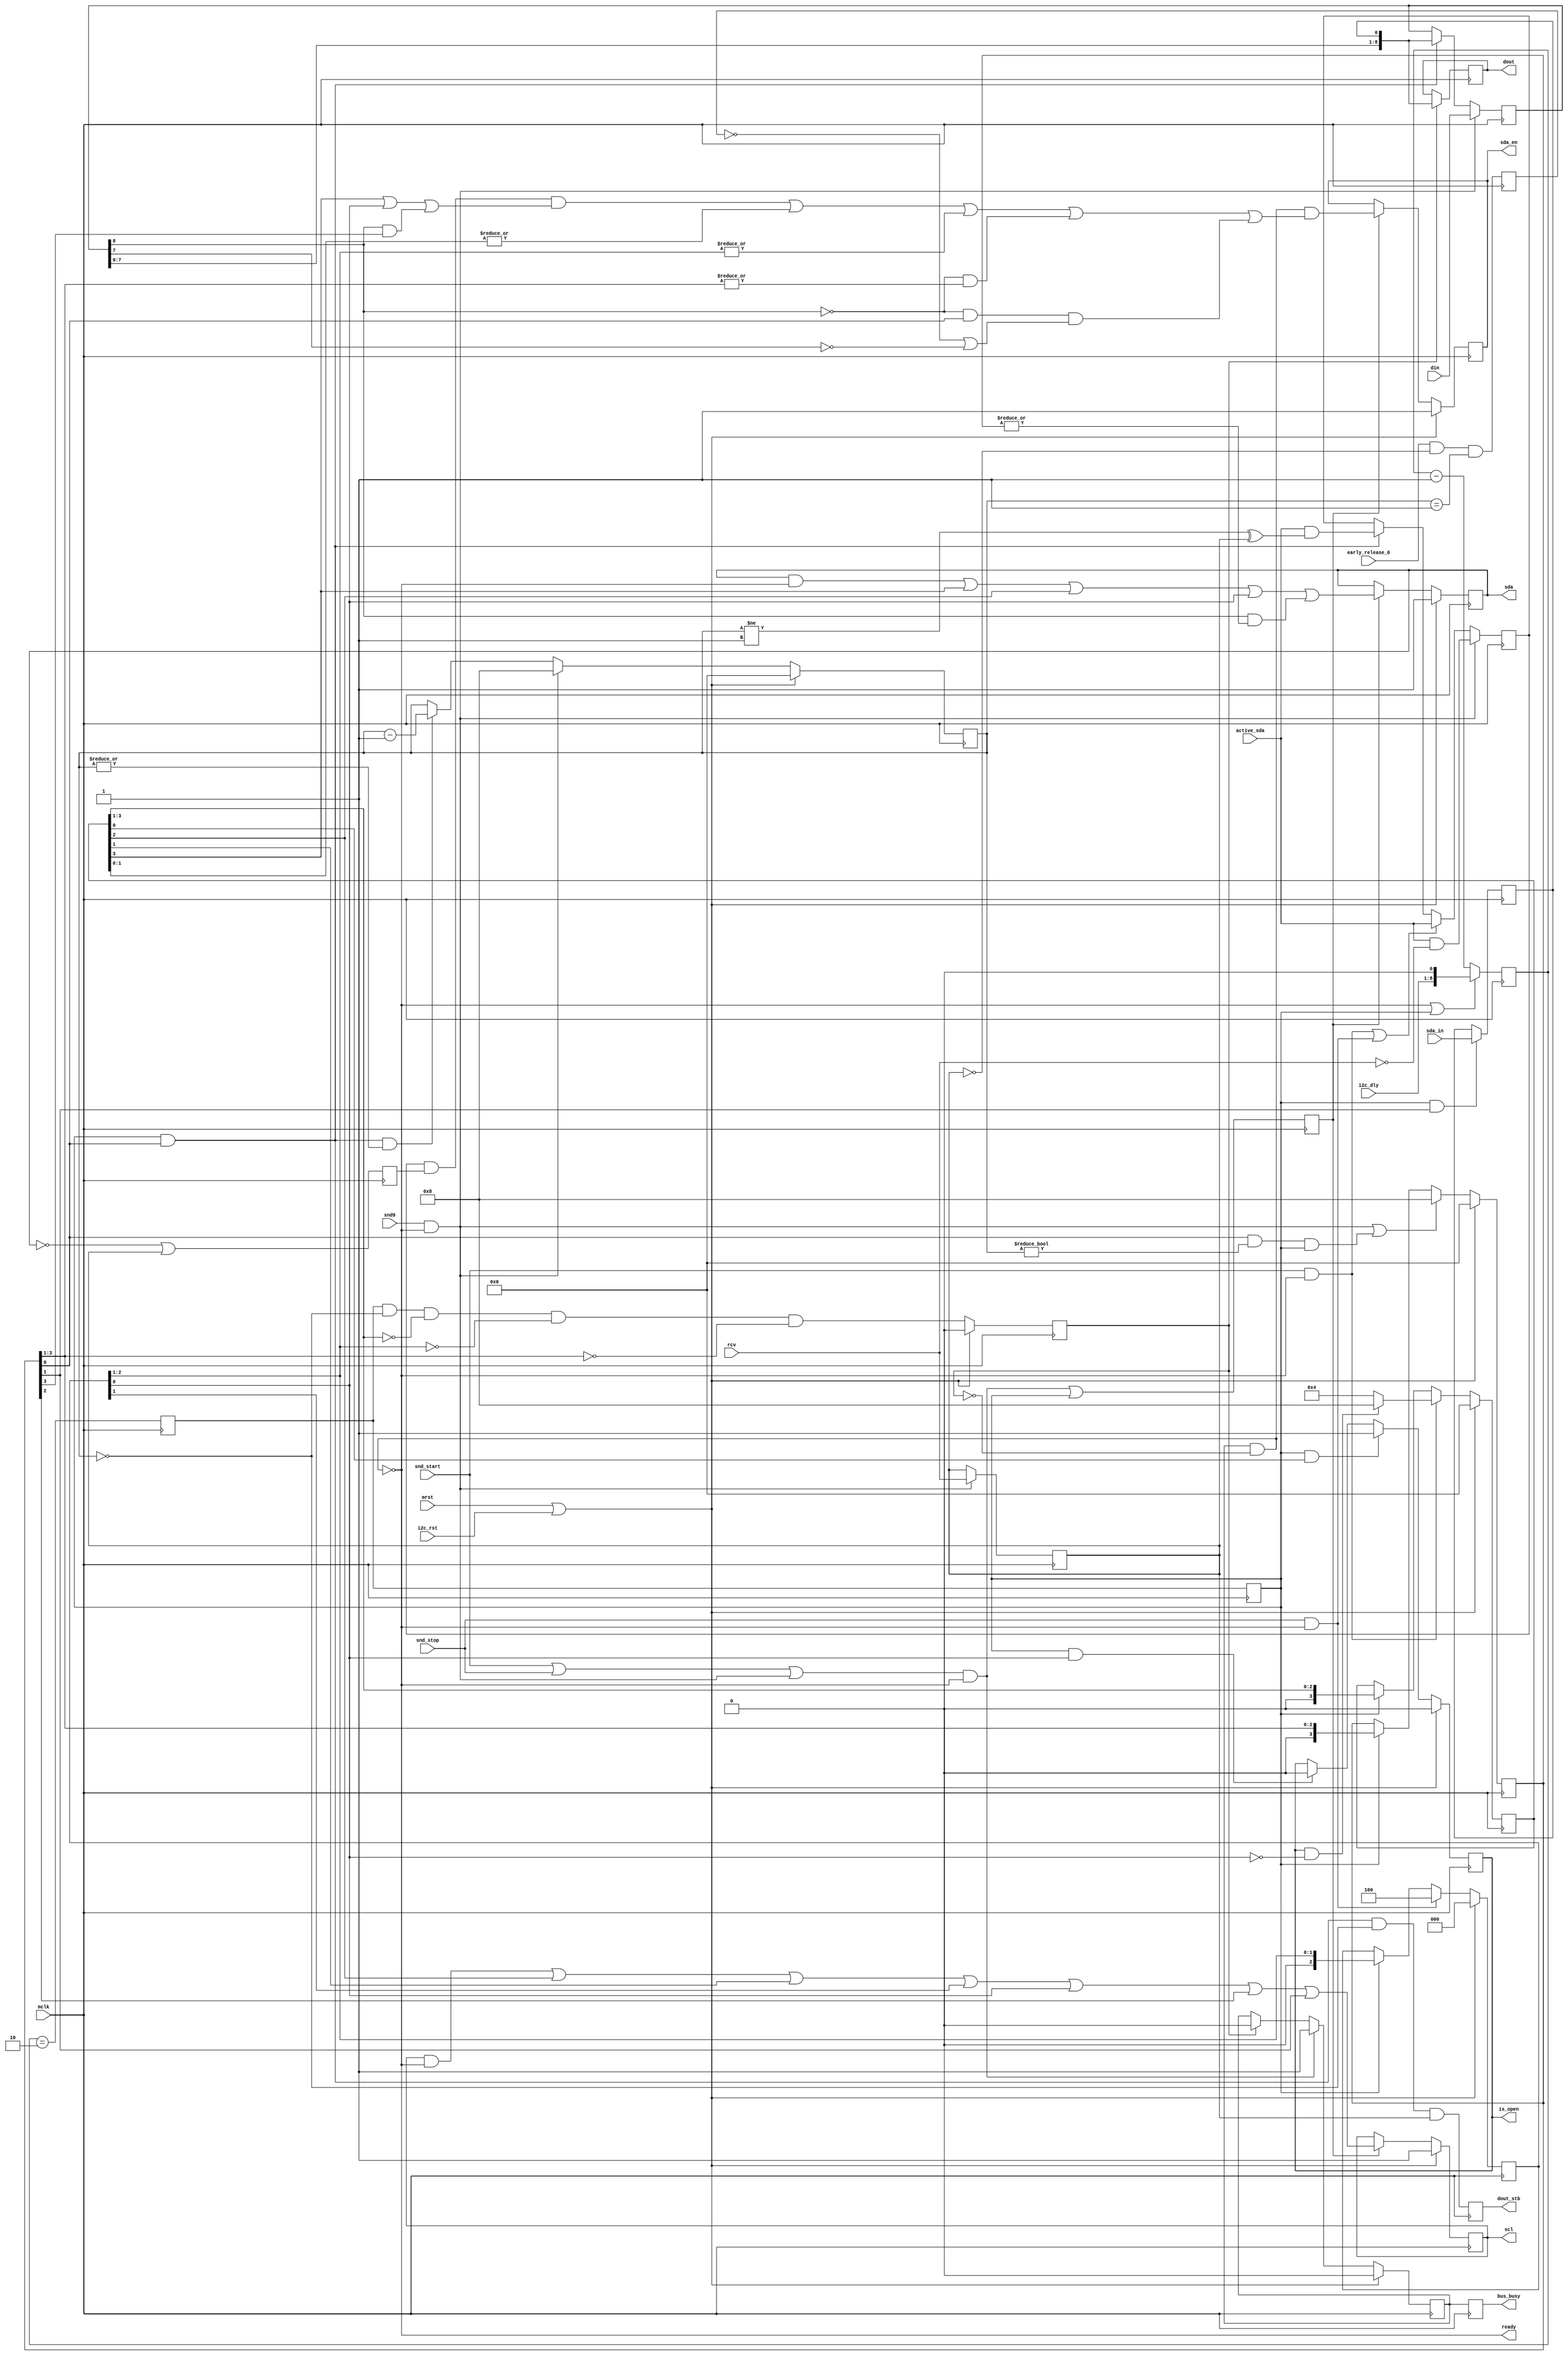
/*!
 * <b>Module:</b>sensor_i2c_scl_sda
 * @file sensor_i2c_scl_sda.v
 * @date 2015-10-06  
 * @author Andrey Filippov     
 *
 * @brief Generation of i2c signals
 *
 * @copyright Copyright (c) 2015 Elphel, Inc .
 *
 * <b>License:</b>
 *
 * sensor_i2c_scl_sda.v is free software; you can redistribute it and/or modify
 * it under the terms of the GNU General Public License as published by
 * the Free Software Foundation, either version 3 of the License, or
 * (at your option) any later version.
 *
 *  sensor_i2c_scl_sda.v is distributed in the hope that it will be useful,
 * but WITHOUT ANY WARRANTY; without even the implied warranty of
 * MERCHANTABILITY or FITNESS FOR A PARTICULAR PURPOSE.  See the
 * GNU General Public License for more details.
 *
 * You should have received a copy of the GNU General Public License
 * along with this program.  If not, see <http://www.gnu.org/licenses/> .
 *
 * Additional permission under GNU GPL version 3 section 7:
 * If you modify this Program, or any covered work, by linking or combining it
 * with independent modules provided by the FPGA vendor only (this permission
 * does not extend to any 3-rd party modules, "soft cores" or macros) under
 * different license terms solely for the purpose of generating binary "bitstream"
 * files and/or simulating the code, the copyright holders of this Program give
 * you the right to distribute the covered work without those independent modules
 * as long as the source code for them is available from the FPGA vendor free of
 * charge, and there is no dependence on any encrypted modules for simulating of
 * the combined code. This permission applies to you if the distributed code
 * contains all the components and scripts required to completely simulate it
 * with at least one of the Free Software programs.
 */
`timescale 1ns/1ps

module  sensor_i2c_scl_sda#
(parameter I2C_REDUCE_SPEED_BITS = 1 // reduce i2c speed , 0: min = 200kHz, 1: 100kHz
)(
    input         mrst,           // @ posedge mclk
    input         mclk,           // global clock
    input         i2c_rst,
    input  [ 7:0] i2c_dly,        // bit duration-1 (>=2?), 1 unit - 4 mclk periods
    input         active_sda,     // active pull SDA 
    input         early_release_0,// release SDA immediately after end of SCL if next bit is 1 (for ACKN). Data hold time by slow 0->1 
    input         snd_start,
    input         snd_stop,
    input         snd9,
    input         rcv,         // receive mode (valid with snd9) - master receives, slave - sends
    input  [ 8:0] din,
    output reg [ 8:0] dout,        //
    output reg    dout_stb,    // dout contains valid data
    output reg    scl,         // i2c SCL signal
    input         sda_in,      // i2c SDA signal form I/O pad           
    output reg    sda,         // i2c SDA signal
    output reg    sda_en,      // drive SDA when SDA=0 and during second half of SCL = 0 interval (also during stop) 
    output        ready,       // ready to accept commands
    output reg    bus_busy,    // i2c bus busy (1 cycle behind !ready)
    output        is_open      // i2c channel is open (started, no stop yet)
);
    wire         rst = mrst || i2c_rst;
    reg          is_open_r;
    reg    [8:0] sr;
    reg  [I2C_REDUCE_SPEED_BITS + 7:0] dly_cntr;
    wire [I2C_REDUCE_SPEED_BITS + 8:0] dly_cntr_w = {i2c_dly,{I2C_REDUCE_SPEED_BITS+1{1'b0}}}; // to handle 0-lengths
    
    reg          busy_r;
    wire         snd_start_w =  snd_start && ready; //!busy_r;
    wire         snd_stop_w =   snd_stop && ready; // !busy_r;
    wire         snd9_w =       snd9 && ready; //!busy_r;
    wire         start_w =      (snd_start || snd_stop || snd9_w) && ready; //!busy_r;
    reg          pre_dly_over;
    reg          dly_over;
//    reg          dly_over_d;
    reg    [3:0] seq_start_restart;
    reg    [2:0] seq_stop;
    reg    [3:0] seq_bit;
    reg    [3:0] bits_left;
    reg          done_r;
    reg          sda_r;
    reg          first_cyc; // first clock cycle for the delay interval - update SCL/SDA outputs
    reg          active_sda_r; // registered @ snd9, disable in rcv mode
    reg          active_sda_was_0; // only use active SDA if previous bit was 0 or it is receive mode
    reg          early_release_r;  // to enable it only for LSB before ACKN during send
    reg          rcv_r;
    wire         busy_w = busy_r && ! done_r;
//    wire         pre_dout_stb = dly_over && seq_bit[0] && (bits_left == 0); 
//    assign ready = !busy_r;
    assign ready = !busy_w;
    
    assign is_open =  is_open_r;
//    assign dout =     sr;
    always @ (posedge mclk) begin
        active_sda_was_0 <= !sda || rcv_r;
        if (snd9_w) rcv_r <= rcv;
        
        early_release_r <= early_release_0 && !rcv_r && (bits_left == 1); // only before ACN during master send

        // disable active_sda in send messages for the last (ACKN) bit, for the receive - all but ACKN
        if      (snd9_w)                    active_sda_r <= active_sda && !rcv;
        else if (snd_start_w || snd_stop_w) active_sda_r <= active_sda;
        else if (dly_over && seq_bit[0])    active_sda_r <= active_sda && ((bits_left != 1) ^ rcv_r);
//active_sda_r && !sda    
        if      (rst)         seq_start_restart <= 0;
        else if (snd_start_w) seq_start_restart <= (is_open_r && !seq_stop[0]) ? 4'h8 : 4'h4;
        else if (dly_over)    seq_start_restart <= {1'b0,seq_start_restart[3:1]};
    
        if      (rst)         seq_stop <= 0;
        else if (snd_stop_w)  seq_stop <= 3'h4;
        else if (dly_over)    seq_stop <= {1'b0,seq_stop[2:1]};

        if      (rst)                                                    seq_bit <= 0;
        else if (snd9_w || (seq_bit[0] && (bits_left != 0) && dly_over)) seq_bit <= 4'h8;
        else if (dly_over)                                               seq_bit <= {1'b0,seq_bit[3:1]};
        
        if      (rst)                                             bits_left <= 4'h0;
        else if (snd9_w)                                          bits_left <= 4'h8;
        else if (dly_over && seq_bit[0] && (|bits_left))          bits_left <= bits_left - 1;


        if      (rst)     busy_r <= 0;
        else if (start_w) busy_r <= 1;
        else if (done_r)  busy_r <= 0;
        
//        pre_dly_over <=  (dly_cntr == 3);
        pre_dly_over <=  (dly_cntr == 2);
        
        dly_over <=      pre_dly_over;
//        dly_over_d <=    dly_over;
        if      (rst)     done_r <= 0;
        else              done_r <= pre_dly_over &&
                                   (bits_left == 0) &&
                                   (seq_start_restart[3:1] == 0) &&
                                   (seq_stop[2:1] == 0) &&
                                   (seq_bit[3:1] == 0);
                                   
//        if (!busy_r || dly_over_d) dly_cntr <= i2c_dly;
//        else                       dly_cntr <= dly_cntr - 1;
        
//        if (!busy_w || dly_over) dly_cntr <= i2c_dly << I2C_REDUCE_SPEED_BITS;
        if (!busy_w || dly_over) dly_cntr <= dly_cntr_w[I2C_REDUCE_SPEED_BITS+8 :1]; // top 8 bits
        //
        else                     dly_cntr <= dly_cntr - 1;
        
        if (dly_over && seq_bit[1]) sda_r <= sda_in; // just before the end of SCL pulse - delay it by a few clocks to match external latencies?
        
        if      (snd9_w)                 sr <= din;
        else if (dly_over && seq_bit[0]) sr <= {sr[7:0], sda_r};
        
        dout_stb <= dly_over && seq_bit[0] && (bits_left == 0) && rcv_r;
//        dout_stb <= pre_dout_stb;
//        if (pre_dout_stb) dout <= {sr[7:0],sda_r};
        if (done_r) dout <= {sr[7:0],sda_r};
        
        if      (rst)                              is_open_r <= 0;
        else if (dly_over && seq_start_restart[0]) is_open_r <= 1;                       
        else if (dly_over && seq_stop[0])          is_open_r <= 0;
        
        first_cyc <= start_w || dly_over;

        if      (rst)        scl <= 1;
//        else if (first_cyc)  scl <= !busy_r || // Wrong whe "open"?
        else if (first_cyc)  scl <= (scl && !busy_w) || // Wrong whe "open"?
                                     seq_start_restart[2] ||  seq_start_restart[1] ||
                                     seq_stop[1] || seq_stop[0] ||
                                     seq_bit[2] || seq_bit[1];
                                                       
        if      (rst)        sda <= 1;
//        else if (first_cyc)  sda <= !busy_r ||
        else if (first_cyc)  sda <= (sda && !busy_w) ||
                                     seq_start_restart[3] ||  seq_start_restart[2] ||
                                     seq_stop[0] ||
                                     (sr[8] && (|seq_bit));

        if      (rst)        sda_en <= 1;
//        else if (first_cyc)  sda_en <= busy_r && (
// TODO: no active SDA if previous SDA was 1
        else if (first_cyc)  sda_en <= busy_w && (
                                     (active_sda_r && active_sda_was_0 && (seq_start_restart[3] || seq_stop[0] || (sr[8] && seq_bit[3]))) || // !sda uses output reg
                                     (|seq_start_restart[1:0]) ||
                                     (|seq_stop[2:1]) ||
                                     (!sr[8] && (|seq_bit[3:1])) ||
//                                     (!sr[8] && seq_bit[0] && (!early_release_0 || !sr[7])));
                                     (!sr[8] && seq_bit[0] && (!early_release_r || !sr[7])));
       bus_busy <= busy_r;
    end

endmodule